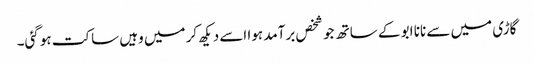
گاڑی میں سے نانا ابو کے ساتھ جو شخص برآمد ہوا اسے دیکھ کر میں وہیں ساکت ہوگئی۔